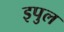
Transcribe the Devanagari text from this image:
इपुल